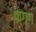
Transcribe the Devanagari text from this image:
फ्ग्ग